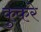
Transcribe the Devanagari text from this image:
कुकरे